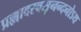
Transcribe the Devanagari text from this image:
प्रह्लादस्वसृनन्दनोऽथ